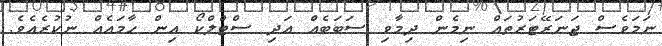
ނަމަވެސް ޖަނަރޭޓަރުތައް ނިމެން ދިމާވި ސަބަބެއް އަދި ސްޓްލްކޯ އިން ހާމައެއް ނުކުރެއެވެ.